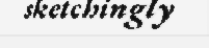
sketchingly